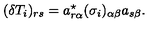
( \delta T _ { i } ) _ { r s } = a _ { r \alpha } ^ { \star } ( \sigma _ { i } ) _ { \alpha \beta } a _ { s \beta } .